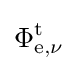
\Phi _{\mathrm {e} ,\nu }^{\mathrm {t} }